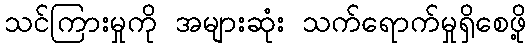
သင်ကြားမှုကို အများဆုံး သက်ရောက်မှုရှိစေဖို့